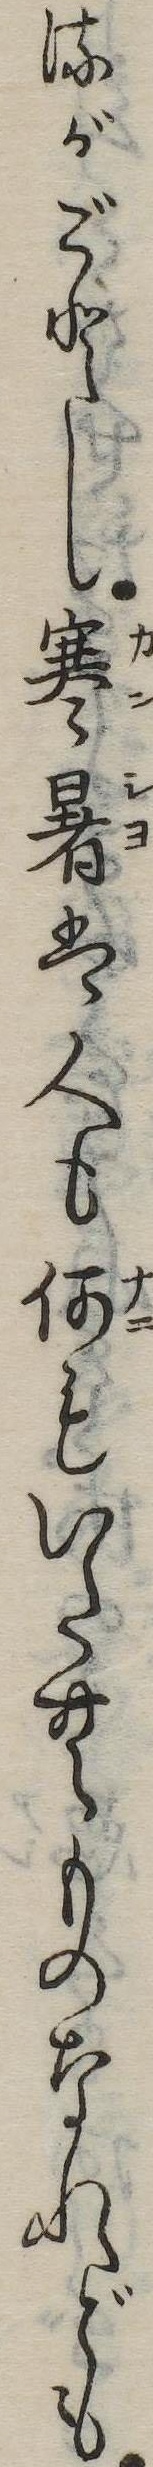
るがごとし寒暑は人も何もいたむものなれども